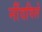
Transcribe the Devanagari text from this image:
नोंंदविले